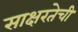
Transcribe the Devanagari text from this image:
साक्षरतेची